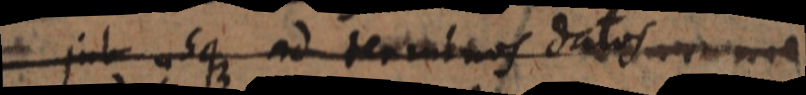
jub usque ad terminos datos